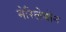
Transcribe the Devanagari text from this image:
मेरिलेबोन